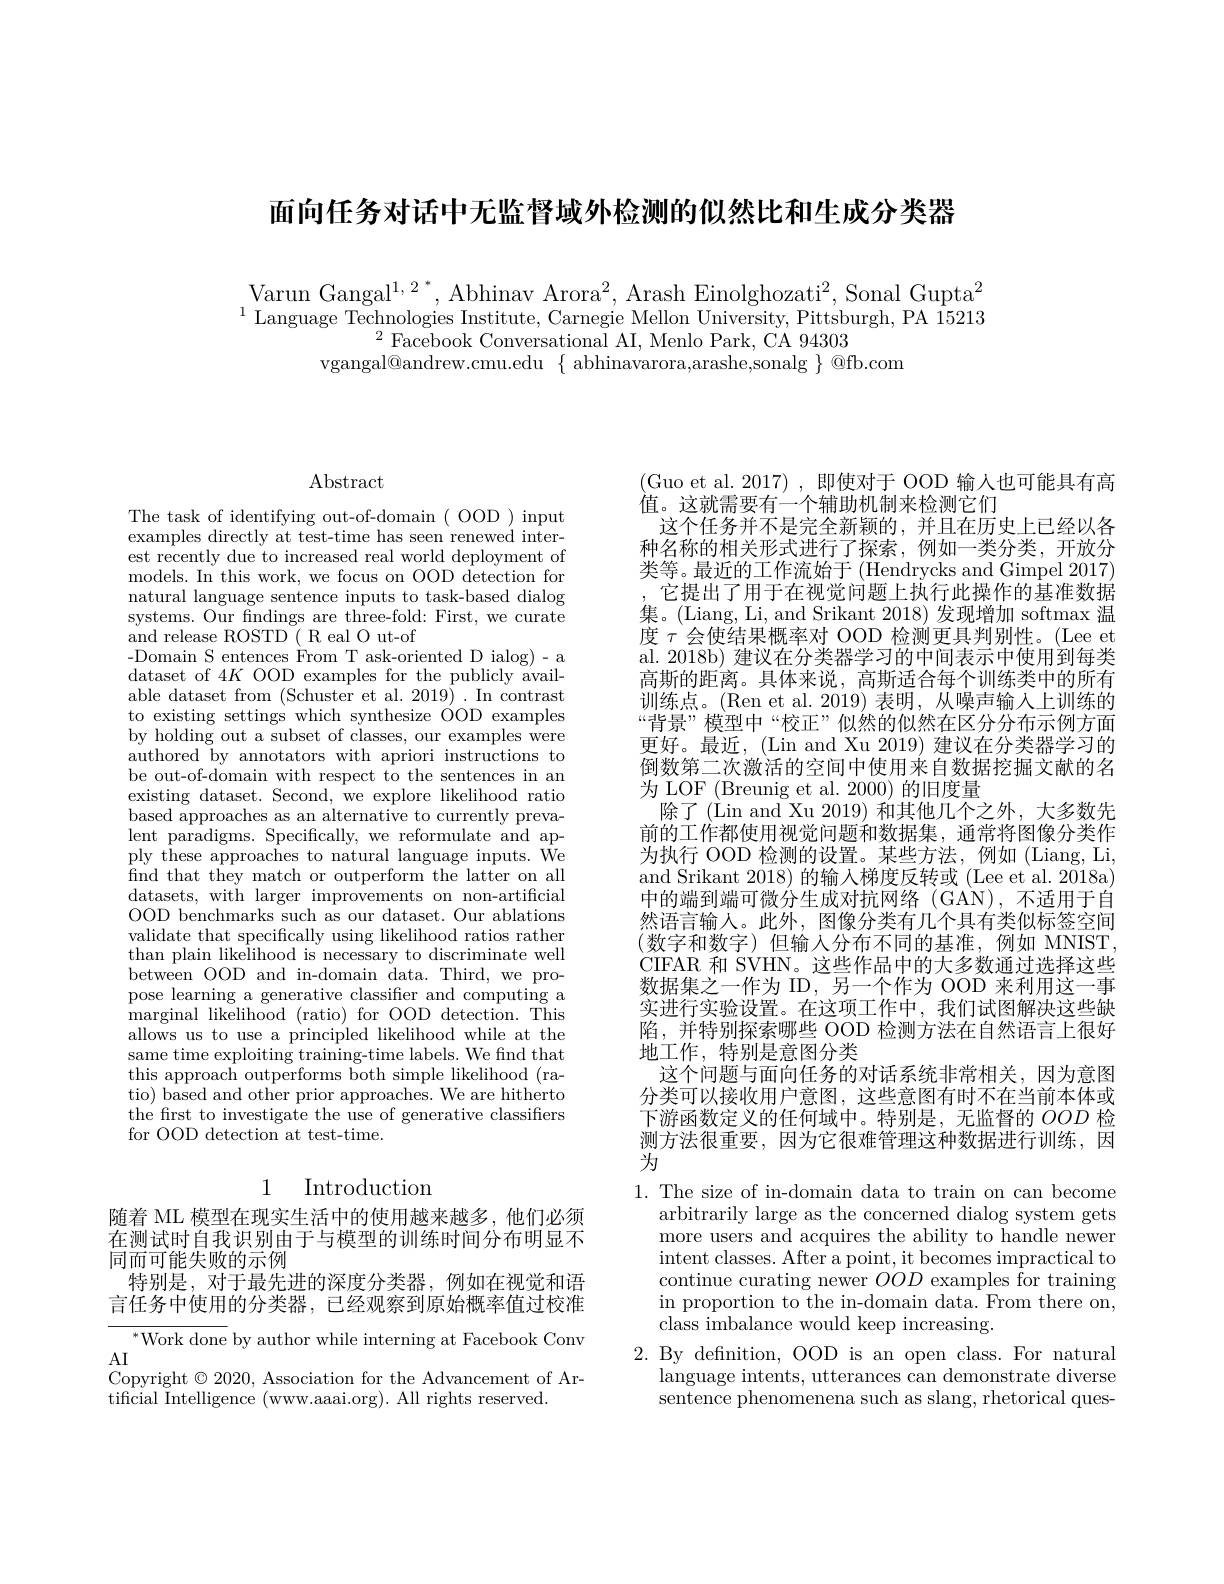
面向任务对话中无监督域外检测的似然比和生成分类器

Varun Gangal$^1,{2}^{*}$, Abhinav Arora$^2$, Arash Einolghozati$^2$, Sonal Gupta$^2$ $^{1}$ Language Technologies Institute, Carnegie Mellon University, Pittsburgh, PA 15213
$^{2}$Facebook Conversational AI, Menlo Park, CA 94303
vgangal@andrew.cmu.edu $\{$ abhinavarora,arashe,sonalg $\}$ @fb.com

$\operatorname{Abstract}$

The task of identifying out-of-domain ( OOD ) input examples directly at test-time has seen renewed interest recently due to increased real world deployment of models. In this work, we focus on OOD detection for natural language sentence inputs to task-based dialog systems. Our findings are three-fold: First, we curate and release ROSTD( R eal O ut-of
-Domain S entences From T ask-oriented D ialog)-a dataset of $4K$ OOD examples for the publicly available dataset from (Schuster et al. 2019) . In contrast to existing settings which synthesize OOD examples by holding out a subset of classes, our examples were authored by annotators with apriori instructions to be out-of-domain with respect to the sentences in an existing dataset. Second, we explore likelihood ratio based approaches as an alternative to currently prevalent paradigms. Specifically, we reformulate and apply these approaches to natural language inputs. We find that they match or outperform the latter on all datasets, with larger improvements on non-artificial OOD benchmarks such as our dataset. Our ablations validate that specifically using likelihood ratios rather than plain likelihood is necessary to discriminate well between OOD and in-domain data. Third, we propose learning a generative classifer and computing a marginal likelihood (ratio) for OOD detection. This allows us to use a principled likelihood while at the same time exploiting training-time labels. We find that this approach outperforms both simple likelihood (ratio) based and other prior approaches. We are hitherto the frst to investigate the use of generative classifiers for OOD detection at test-time.

# 1 Introduction

随着 ML 模型在现实生活中的使用越来越多，他们必须在测试时自我识别由于与模型的训练时间分布明显不同而可能失败的示例
特别是，对于最先进的深度分类器，例如在视觉和语言任务中使用的分类器，已经观察到原始概率值过校准

$^{*}$Work done by author while interning at Facebook Conv

AI
Copyright $\odot2020$, Association for the Advancement of Ar-

tificial Intelligence (www.aaai.org). All rights reserved

(Guo et al.2017),即使对于 OOD 输人也可能具有高
值。这就需要有一个辅助机制来检测它们
这个任务并不是完全新颖的，并且在历史上已经以各种名称的相关形式进行了探索，例如一类分类，开放分类等。最近的工作流始于 (Hendrycks and Gimpel 2017)
它提出了用于在视觉问题上执行此操作的基准数据集。(Liang, Li, and Srikant 2018)发现增加 softmax 温度$\tau$会使结果概率对 OOD 检测更具判别性。(Lee et al. 2018b) 建议在分类器学习的中间表示中使用到每类高斯的距离。具体来说，高斯适合每个训练类中的所有训练点。(Ren et al.2019)表明，从噪声输入上训练的“背景”模型中“校正”似然的似然在区分分布示例方面更好。最近，(Lin and Xu 2019) 建议在分类器学习的倒数第二次激活的空间中使用来自数据挖掘文献的名为 LOF (Breunig et al. 2000) 的旧度量
除了(Lin and Xu 2019) 和其他几个之外，大多数先前的工作都使用视觉问题和数据集，通常将图像分类作为执行 OOD 检测的设置。某些方法，例如(Liang, Li, and Srikant 2018) 的输入梯度反转或 (Lee et al. 2018a) 中的端到端可微分生成对抗网络(GAN),不适用于自然语言输入。此外，图像分类有几个具有类似标签空间(数字和数字)但输入分布不同的基准，例如 MNIST, CIFAR 和 SVHN。这些作品中的大多数通过选择这些数据集之一作为 ID,另一个作为 OOD 来利用这一事实进行实验设置。在这项工作中，我们试图解决这些缺陷，并特别探索哪些 OOD 检测方法在自然语言上很好地工作，特别是意图分类
这个问题与面向任务的对话系统非常相关，因为意图分类可以接收用户意图，这些意图有时不在当前本体或下游函数定义的任何域中。特别是，无监督的$OOD$检测方法很重要，因为它很难管理这种数据进行训练，因为

1. The size of in-domain data to train on can become
arbitrarily large as the concerned dialog system gets more users and acquires the ability to handle newer intent classes. After a point, it becomes impractical to continue curating newer $OOD$ examples for training in proportion to the in-domain data. From there on, ${\mathrm{class~imbalance~would~keep~increasing.}}$
2. By definition, OOD is an open class. For natural
language intents, utterances can demonstrate diverse sentence phenomenena such as slang, rhetorical ques-